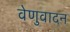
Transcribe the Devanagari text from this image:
वेणुवादन